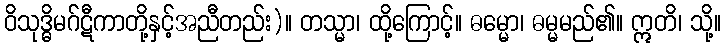
ဝိသုဒ္ဓိမဂ်ဋီကာတို့နှင့်အညီတည်း)။ တသ္မာ၊ ထို့ကြောင့်။ ဓမ္မော၊ ဓမ္မမည်၏။ ဣတိ၊ သို့။